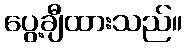
ပွေ့ချီထားသည်။